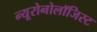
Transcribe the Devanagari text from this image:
न्यूरोनोलॉजिस्ट